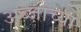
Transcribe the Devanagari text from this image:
अब्जांच्या